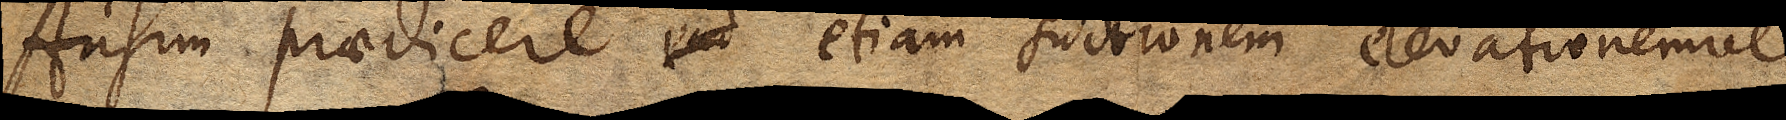
ausim praedicere etiam suctionem elevationemve